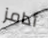
أدامز